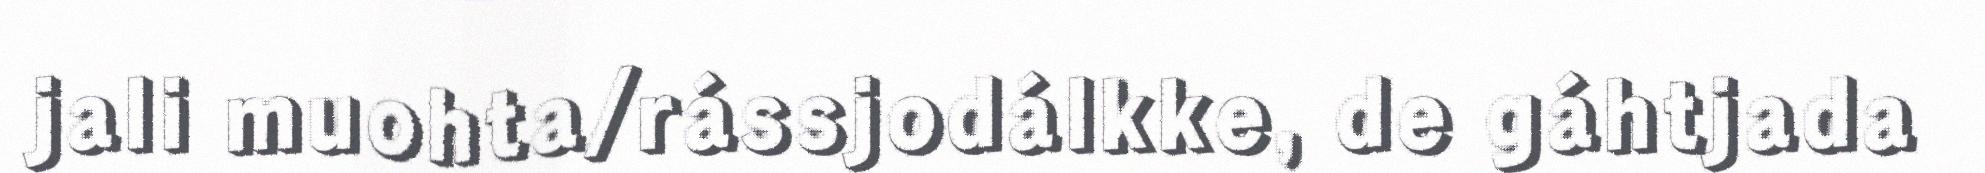
jali muohta/rássjodálkke, de gáhtjada